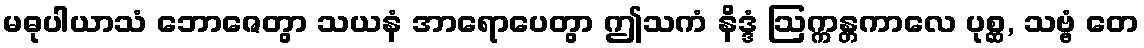
မဓုပါယာသံ ဘောဇေတွာ သယနံ အာရောပေတွာ ဤသကံ နိဒ္ဒံ ဩက္ကန္တကာလေ ပုစ္ဆ, သဗ္ဗံ တေ